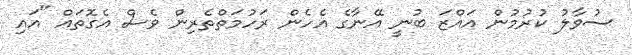
ސުވާލު ކުރުމުން އައްޒަ ބުނީ އޭނާގެ އެހެން ރަހުމަތްތެރިން ވެސް އެގޮތައް "އައި